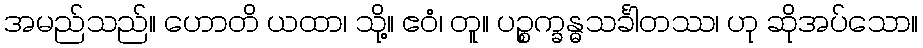
အမည်သည်။ ဟောတိ ယထာ၊ သို့။ ဧဝံ၊ တူ။ ပဉ္စက္ခန္ဓသင်္ခါတဿ၊ ဟု ဆိုအပ်သော။